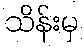
သိန်းမှ